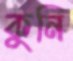
কুনি